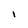
Character: I